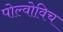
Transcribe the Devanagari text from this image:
पोल्वोविच